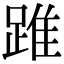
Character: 踓